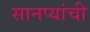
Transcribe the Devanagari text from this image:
सानप्यांची